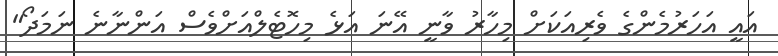
އައީ އަހަރުމެންގެ ވެރިއަކަށް މިހާރު ވާނީ އޭނަ އަޅެ މިހޮޓެލްއަށްވެސް އަންނާނެ ނަމަދޯ"